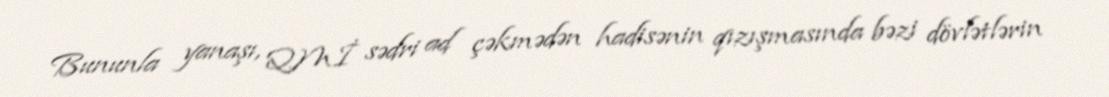
Bununla yanaşı, QMİ sədri ad çəkmədən hadisənin qızışmasında bəzi dövlətlərin